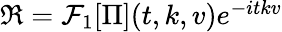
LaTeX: \begin{array}{r}{\mathfrak{R}=\mathcal{F}_{1}[\Pi](t,k,v)e^{-itkv}}\end{array}